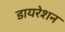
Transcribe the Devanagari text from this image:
डायरेशन